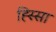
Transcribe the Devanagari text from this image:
ह्स्सिा